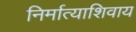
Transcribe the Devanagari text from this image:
निर्मात्याशिवाय